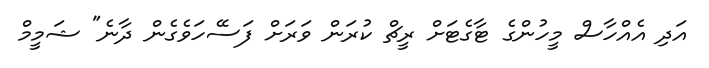
އަދި އެއްހާސް މީހުންގެ ޓާގެޓަށް ރީޗް ކުރަން ވަރަށް ފަސޭހަވެގެން ދާނެ" ޝަމީމް